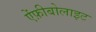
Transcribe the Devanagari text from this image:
ऐंफ़ीबोलाइट